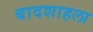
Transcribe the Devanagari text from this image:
बादशाहला